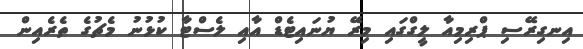
އިނގިރޭސި ޕްރިމިއާ ލީގްގައި މިރޭ ޔުނައިޓެޑް އާއި ލެސްޓާ ކުޅުނު މެޗުގެ ތެރެއިން